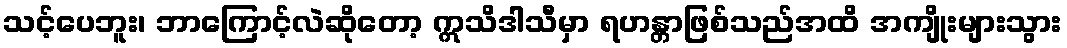
သင့်ပေဘူး၊ ဘာကြောင့်လဲဆိုတော့ ဣသိဒါသီမှာ ရဟန္တာဖြစ်သည်အထိ အကျိုးများသွား